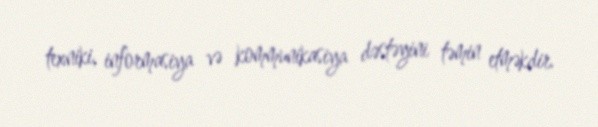
texniki, informasiya və kommunikasiya dəstəyini təmin etməkdir.